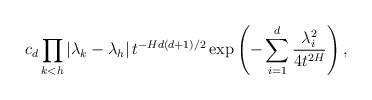
\begin{align*}c_{d}\prod_{k<h}\left\vert \lambda_{k}-\lambda_{h}\right\vert t^{-Hd(d+1)/2}\exp\left( -\sum_{i=1}^{d}\frac{\lambda_{i}^{2}}{4t^{2H}}\right) ,\end{align*}